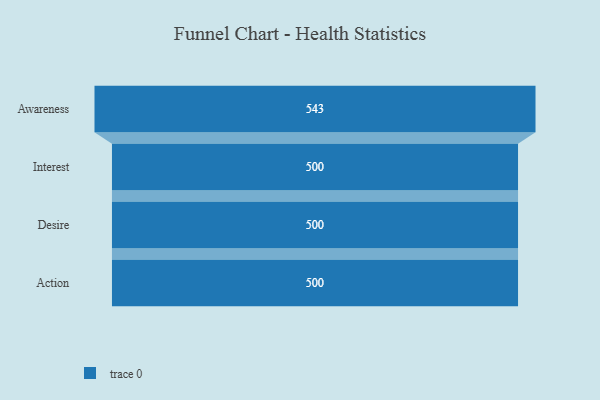
{"axis": {"x": "Stage", "y": "Value"}, "legend": [""], "data": [{"x": "Awareness", "y": 543.0, "type": ""}, {"x": "Interest", "y": 500, "type": ""}, {"x": "Desire", "y": 500, "type": ""}, {"x": "Action", "y": 500, "type": ""}]}